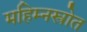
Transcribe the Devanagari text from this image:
महिम्नस्त्रोत